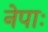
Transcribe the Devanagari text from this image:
नेपाः